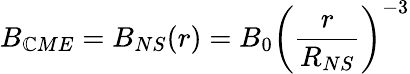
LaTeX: B_{\mathbb{C}ME}=B_{NS}(r)=B_{0}\left(\frac{{r}}{{R_{NS}}}\right)^{-3}